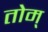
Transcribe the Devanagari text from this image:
तोम्